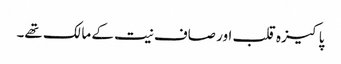
پاکیزہ قلب اور صاف نیت کے مالک تھے۔